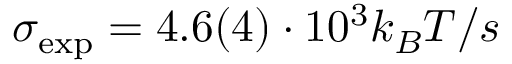
\sigma _ { \mathrm { e x p } } = 4 . 6 ( 4 ) \cdot 1 0 ^ { 3 } k _ { B } T / s